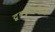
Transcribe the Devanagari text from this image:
टूबर्कुलोसीस